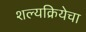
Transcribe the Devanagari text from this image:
शल्यक्रियेचा